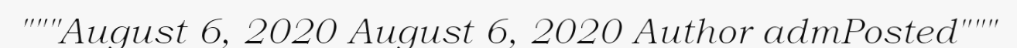
"""August 6, 2020 August 6, 2020 Author admPosted"""